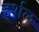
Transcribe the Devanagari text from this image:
इर्शल